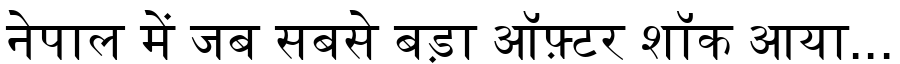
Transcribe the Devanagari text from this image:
नेपाल में जब सबसे बड़ा ऑफ़्टर शॉक आया...